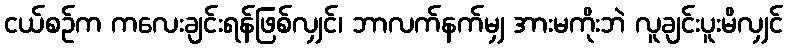
ငယ်စဉ်က ကလေးချင်းရန်ဖြစ်လျှင်၊ ဘာလက်နက်မျှ အားမကိုးဘဲ လူချင်းပူးမိလျှင်